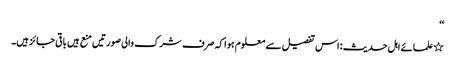
‘‘
٭علمائے اہل حدیث : اس تفصیل سے معلوم ہوا کہ صرف شرک والی صورتیں منع ہیں باقی جائز ہیں۔